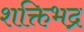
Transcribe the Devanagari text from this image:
शक्तिभद्र